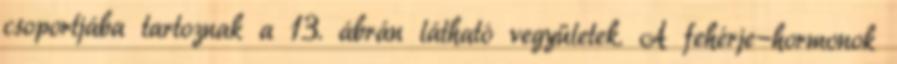
csoportjába tartoznak a 13. ábrán látható vegyületek. A fehérje-hormonok